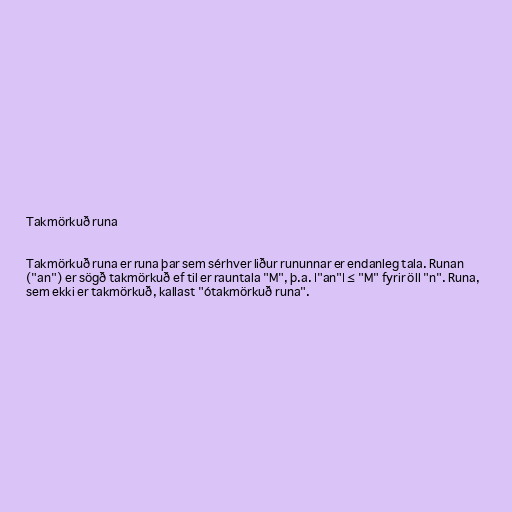
Takmörkuð runa

Takmörkuð runa er runa þar sem sérhver liður rununnar er endanleg tala. Runan
("an") er sögð takmörkuð ef til er rauntala "M", þ.a. |"an"| ≤ "M" fyrir öll "n". Runa,
sem ekki er takmörkuð, kallast "ótakmörkuð runa".